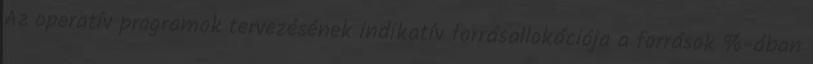
Az operatív programok tervezésének indikatív forrásallokációja a források %-ában